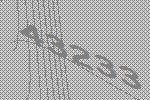
43233